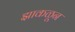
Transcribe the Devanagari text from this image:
झाकळून